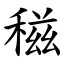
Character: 稵